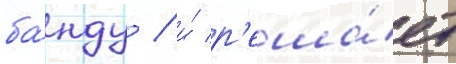
ба́нду / и́ р'еша́ет